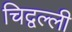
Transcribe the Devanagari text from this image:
चिद्वल्ली